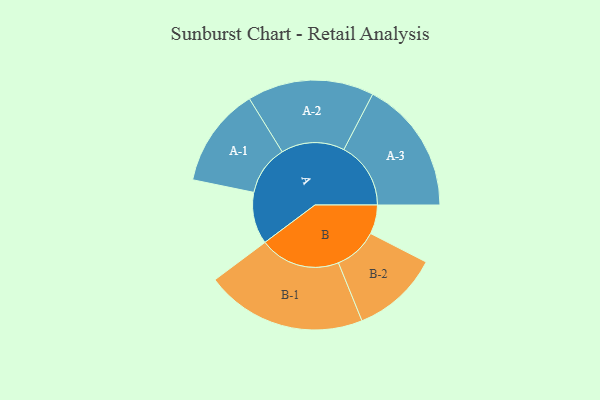
{"axis": {"x": "Segment", "y": "Value"}, "legend": ["", "A", "B"], "data": [{"x": "A", "y": 189, "type": ""}, {"x": "B", "y": 106, "type": ""}, {"x": "A-1", "y": 182, "type": "A"}, {"x": "A-2", "y": 231, "type": "A"}, {"x": "A-3", "y": 244, "type": "A"}, {"x": "B-1", "y": 294, "type": "B"}, {"x": "B-2", "y": 159, "type": "B"}]}